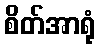
စိတ်အာရုံ